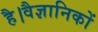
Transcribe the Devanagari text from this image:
है।वैज्ञानिकों